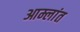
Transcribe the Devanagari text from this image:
आम्लांत